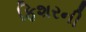
ફિશરની